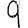
Digit: 9